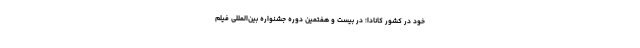
خود در کشور کانادا؛ در بیست و هفتمین دوره جشنواره بین‌المللی فیلم